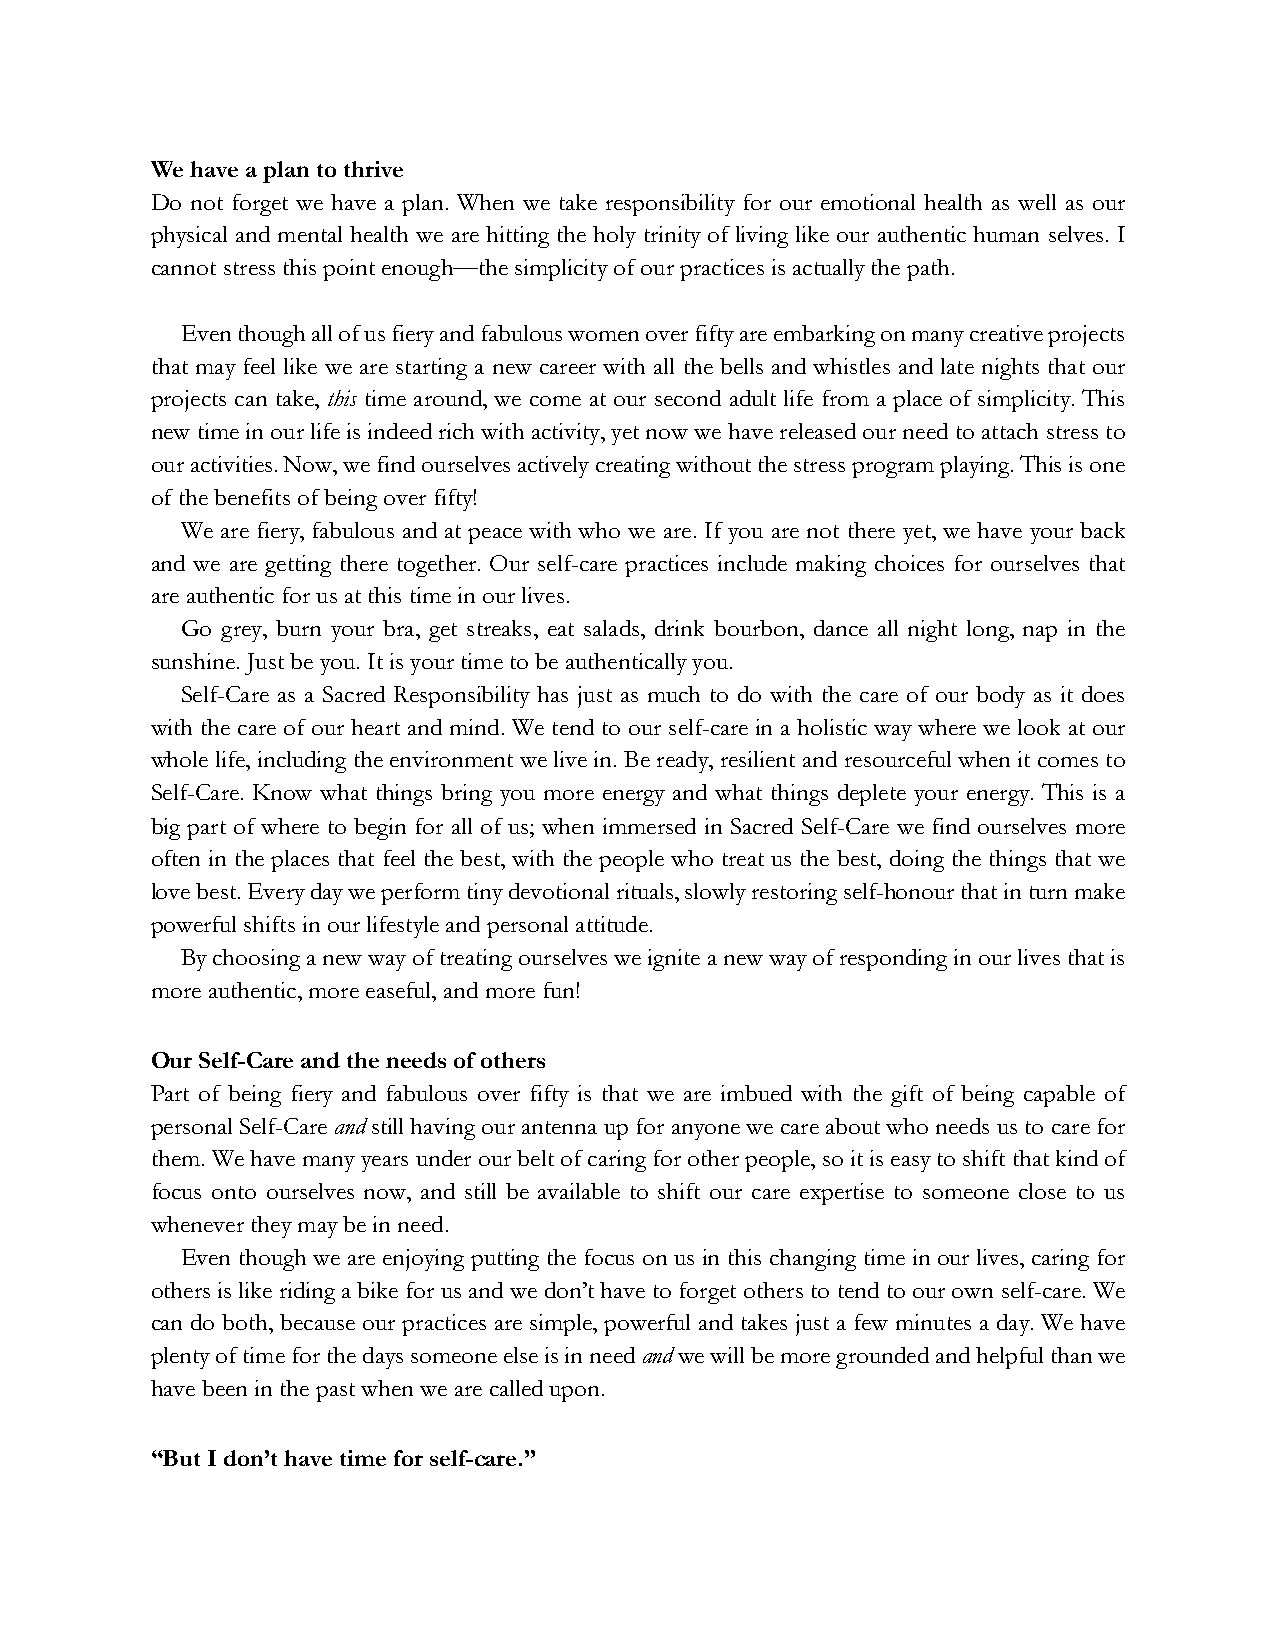
We have a plan to thrive
 Do not forget we have a plan. When we take responsibility for our emotional health as well as our
 physical and mental health we are hitting the holy trinity of living like our authentic human selves. I
 cannot stress this point enough—the simplicity of our practices is actually the path.
 Even though all of us fiery and fabulous women over fifty are embarking on many creative projects
 that may feel like we are starting a new career with all the bells and whistles and late nights that our
 projects can take, this time around, we come at our second adult life from a place of simplicity. This
 new time in our life is indeed rich with activity, yet now we have released our need to attach stress to
 our activities. Now, we find ourselves actively creating without the stress program playing. This is one
 of the benefits of being over fifty!
 We are fiery, fabulous and at peace with who we are. If you are not there yet, we have your back
 and we are getting there together. Our self-care practices include making choices for ourselves that
 are authentic for us at this time in our lives.
 Go grey, burn your bra, get streaks, eat salads, drink bourbon, dance all night long, nap in the
 sunshine. Just be you. It is your time to be authentically you.
 Self-Care as a Sacred Responsibility has just as much to do with the care of our body as it does
 with the care of our heart and mind. We tend to our self-care in a holistic way where we look at our
 whole life, including the environment we live in. Be ready, resilient and resourceful when it comes to
 Self-Care. Know what things bring you more energy and what things deplete your energy. This is a
 big part of where to begin for all of us; when immersed in Sacred Self-Care we find ourselves more
 often in the places that feel the best, with the people who treat us the best, doing the things that we
 love best. Every day we perform tiny devotional rituals, slowly restoring self-honour that in turn make
 powerful shifts in our lifestyle and personal attitude.
 By choosing a new way of treating ourselves we ignite a new way of responding in our lives that is
 more authentic, more easeful, and more fun!
 Our Self-Care and the needs of others
 Part of being fiery and fabulous over fifty is that we are imbued with the gift of being capable of
 personal Self-Care and still having our antenna up for anyone we care about who needs us to care for
 them. We have many years under our belt of caring for other people, so it is easy to shift that kind of
 focus onto ourselves now, and still be available to shift our care expertise to someone close to us
 whenever they may be in need.
 Even though we are enjoying putting the focus on us in this changing time in our lives, caring for
 others is like riding a bike for us and we don’t have to forget others to tend to our own self-care. We
 can do both, because our practices are simple, powerful and takes just a few minutes a day. We have
 plenty of time for the days someone else is in need and we will be more grounded and helpful than we
 have been in the past when we are called upon.
 “But I don’t have time for self-care.”